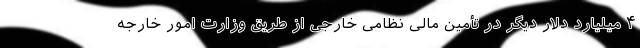
۴ میلیارد دلار دیگر در تأمین مالی نظامی خارجی از طریق وزارت امور خارجه